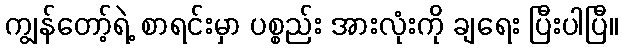
ကျွန်တော့်ရဲ့ စာရင်းမှာ ပစ္စည်း အားလုံးကို ချရေး ပြီးပါပြီ။